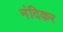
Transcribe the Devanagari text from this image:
नंदिकर